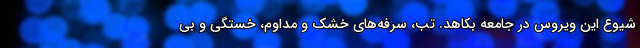
شیوع این ویروس در جامعه بکاهد. تب، سرفه‌های خشک و مداوم، خستگی و بی